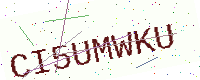
Text: CI5UMWKU